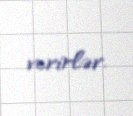
verirlər.